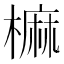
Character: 𣙪